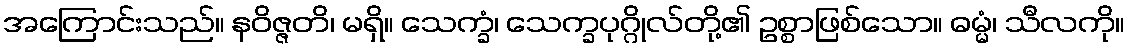
အကြောင်းသည်။ နဝိဇ္ဇတိ၊ မရှိ။ သေက္ခံ၊ သေက္ခပုဂ္ဂိုလ်တို့၏ ဥစ္စာဖြစ်သော။ ဓမ္မံ၊ သီလကို။